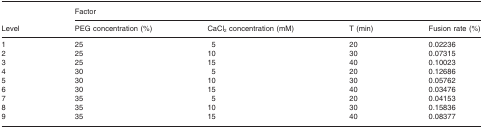
<table><thead><tr><td></td><td colspan="4"><b>Factor</b></td></tr><tr><td><b>Level</b></td><td><b>PEG concentration (%)</b></td><td><b>CaCl<sub>2</sub> concentration (mM)</b></td><td><b>T (min)</b></td><td><b>Fusion rate (%)</b></td></tr></thead><tbody><tr><td>1</td><td>25</td><td>5</td><td>20</td><td>0.02236</td></tr><tr><td>2</td><td>25</td><td>10</td><td>30</td><td>0.07315</td></tr><tr><td>3</td><td>25</td><td>15</td><td>40</td><td>0.10023</td></tr><tr><td>4</td><td>30</td><td>5</td><td>20</td><td>0.12686</td></tr><tr><td>5</td><td>30</td><td>10</td><td>30</td><td>0.05762</td></tr><tr><td>6</td><td>30</td><td>15</td><td>40</td><td>0.03476</td></tr><tr><td>7</td><td>35</td><td>5</td><td>20</td><td>0.04153</td></tr><tr><td>8</td><td>35</td><td>10</td><td>30</td><td>0.15836</td></tr><tr><td>9</td><td>35</td><td>15</td><td>40</td><td>0.08377</td></tr></tbody></table>